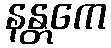
နန္တကေ